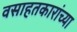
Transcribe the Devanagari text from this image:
वसाहतकारांच्या